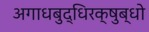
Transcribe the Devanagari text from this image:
अगाधबुद्धिरक्षुब्धो